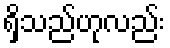
ရှိသည်ဟုလည်း